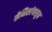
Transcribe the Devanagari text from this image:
सैनिकांपासून